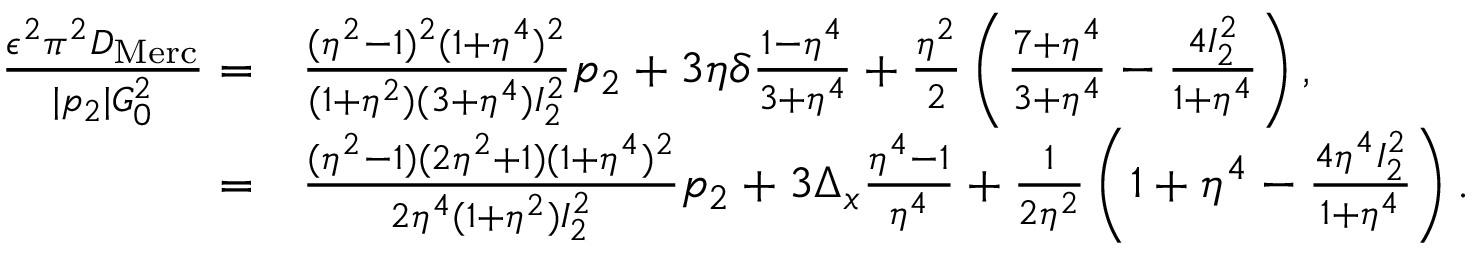
\begin{array} { r l } { \frac { \epsilon ^ { 2 } \pi ^ { 2 } D _ { \mathrm { M e r c } } } { | p _ { 2 } | G _ { 0 } ^ { 2 } } = } & { { } \frac { ( \eta ^ { 2 } - 1 ) ^ { 2 } ( 1 + \eta ^ { 4 } ) ^ { 2 } } { ( 1 + \eta ^ { 2 } ) ( 3 + \eta ^ { 4 } ) I _ { 2 } ^ { 2 } } p _ { 2 } + 3 \eta \delta \frac { 1 - \eta ^ { 4 } } { 3 + \eta ^ { 4 } } + \frac { \eta ^ { 2 } } { 2 } \left( \frac { 7 + \eta ^ { 4 } } { 3 + \eta ^ { 4 } } - \frac { 4 I _ { 2 } ^ { 2 } } { 1 + \eta ^ { 4 } } \right) , } \\ { = } & { { } \frac { ( \eta ^ { 2 } - 1 ) ( 2 \eta ^ { 2 } + 1 ) ( 1 + \eta ^ { 4 } ) ^ { 2 } } { 2 \eta ^ { 4 } ( 1 + \eta ^ { 2 } ) I _ { 2 } ^ { 2 } } p _ { 2 } + 3 \Delta _ { x } \frac { \eta ^ { 4 } - 1 } { \eta ^ { 4 } } + \frac { 1 } { 2 \eta ^ { 2 } } \left( 1 + \eta ^ { 4 } - \frac { 4 \eta ^ { 4 } I _ { 2 } ^ { 2 } } { 1 + \eta ^ { 4 } } \right) . } \end{array}